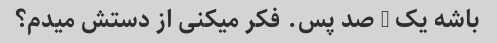
باشه یک - صد پس. فکر میکنی از دستش میدم؟